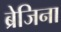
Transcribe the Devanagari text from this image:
ब्रेजिना